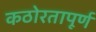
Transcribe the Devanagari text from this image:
कठोरतापूर्ण